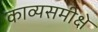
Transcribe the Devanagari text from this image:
काव्यसमीक्षे